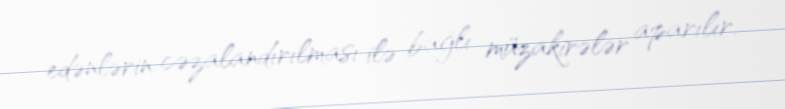
edənlərin cəzalandırılması ilə bağlı müzakirələr aparılır.